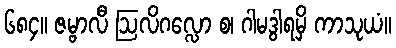
၆၈၄။ ဇမ္ဗာလီ ဩလိဂလ္လော စ၊ ဂါမဒွါရမှိ ကာသုယံ။